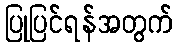
ပြုပြင်ရန်အတွက်